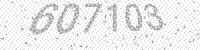
Solution: 607103